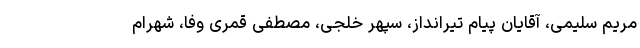
مریم سلیمی، آقایان پیام تیر‌انداز، سپهر خلجی، مصطفی قمری وفا، شهرام